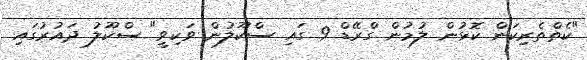
"ކެތްތެރިކަން ކޮޅުން ލުމުން ގްރޭޑް 9 ގައި ސްކޫލުން ވަކިވީ" ސްކޫލު ދައުރުގައި